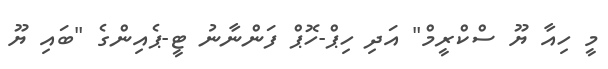
މީ ހިއާ ޔޫ ސްކްރީމް" އަދި ހިޕް-ހޮޕް ފަންނާނު ޓީ-ޕެއިންގެ "ބައި ޔޫ